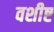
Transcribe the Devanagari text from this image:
वशीष्ट